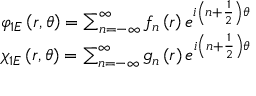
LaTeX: \begin{array} { l } { { \varphi _ { 1 E } \left( r , \theta \right) = \sum _ { n = - \infty } ^ { \infty } f _ { n } \left( r \right) e ^ { i \left( n + \frac { 1 } { 2 } \right) \theta } } } \\ { { \chi _ { 1 E } \left( r , \theta \right) = \sum _ { n = - \infty } ^ { \infty } g _ { n } \left( r \right) e ^ { i \left( n + \frac { 1 } { 2 } \right) \theta } } } \end{array}